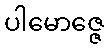
ပါမောဇ္ဇေ